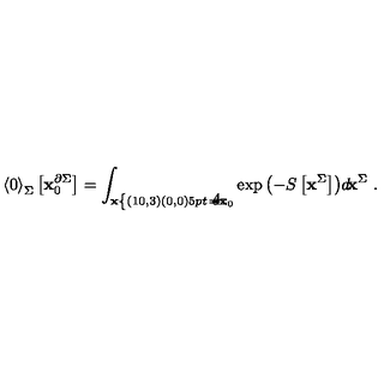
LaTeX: { \langle 0 \rangle } _ { \Sigma } \left[ { \bf x } _ { 0 } ^ { \partial \Sigma } \right] = \int _ { { \bf x } \nolinebreak \left\{ \begin{picture} { ( 1 0 , 3 ) ( 0 , 0 ) \setlength { \unitlength } { . 5 p t } \put ( 1 , - 7 ) { \line ( 0 , 1 ) { 1 4 } } \put ( 2 , - 7 ) { \scriptscriptstyle \partial \Sigma } } \\ \end{picture} \right. = { \bf x } _ { 0 } } \exp { \left( - S \left[ { \bf x } ^ { \Sigma } \right] \right) } d \! { \bf x } ^ { \Sigma } \ .